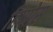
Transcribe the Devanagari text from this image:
हिप्पोस